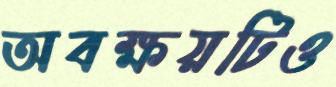
অবক্ষয়টিও